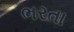
ભરતા